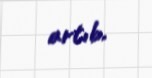
artıb.